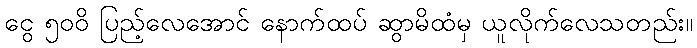
ငွေ ၅၀၀ိ ပြည့်လေအောင် နောက်ထပ် ဆွာမိထံမှ ယူလိုက်လေသတည်း။